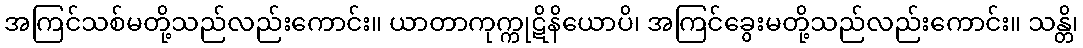
အကြင်သစ်မတို့သည်လည်းကောင်း။ ယာတာကုက္ကုဋိနိယောပိ၊ အကြင်ခွေးမတို့သည်လည်းကောင်း။ သန္တိ၊